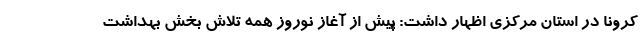
کرونا در استان مرکزی اظهار داشت: پیش از آغاز نوروز همه تلاش بخش بهداشت